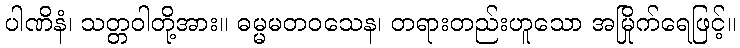
ပါဏိနံ၊ သတ္တဝါတို့အား။ ဓမ္မမတဝသေန၊ တရားတည်းဟူသော အမြိုက်ရေဖြင့်။